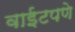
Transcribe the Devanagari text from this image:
वाईटपणे